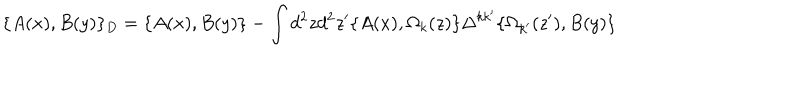
LaTeX: \{ A ( x ) , B ( y ) \} _ { D } = \{ A ( x ) , B ( y ) \} - \int d ^ { 2 } z d ^ { 2 } z ^ { \prime } \{ A ( x ) , \Omega _ { k } ( z ) \} \Delta ^ { k k ^ { \prime } } \{ \Omega _ { k ^ { \prime } } ( z ^ { \prime } ) , B ( y ) \}